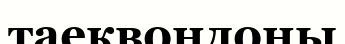
таеквондоны